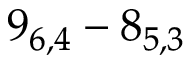
9 _ { 6 , 4 } - 8 _ { 5 , 3 }